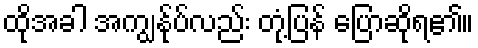
ထိုအခါ အကျွန်ုပ်လည်း တုံ့ပြန် ပြောဆိုရ၏။